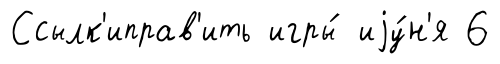
Ссылк'иправ'ить игры́ иjу́н'я 6